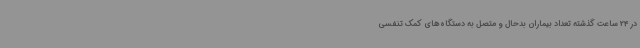
در 24 ساعت گذشته تعداد بیماران بدحال و متصل به دستگاه‌های کمک تنفسی